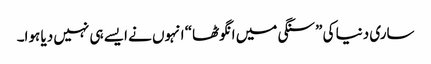
ساری دنیا کی ”سنگی میں انگوٹھا“ انہوں نے ایسے ہی نہیں دیا ہوا۔